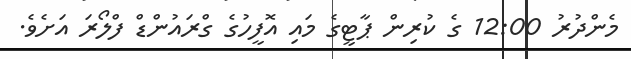
މެންދުރު 12:00 ގެ ކުރިން ޕާޓީގެ މައި އޮފީހުގެ ގްރައުންޑް ފްލޯރަ އަށެވެ.